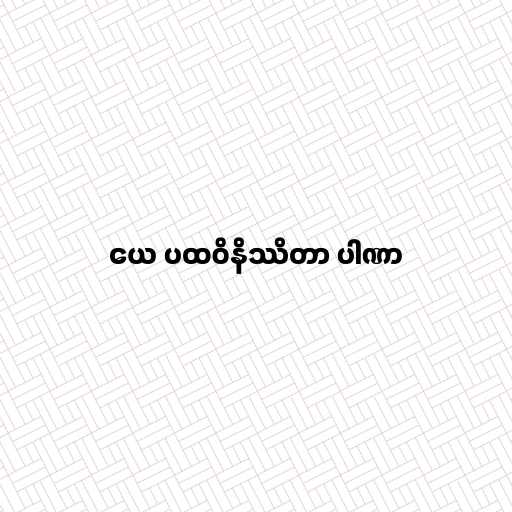
ယေ ပထဝိနိဿိတာ ပါဏာ